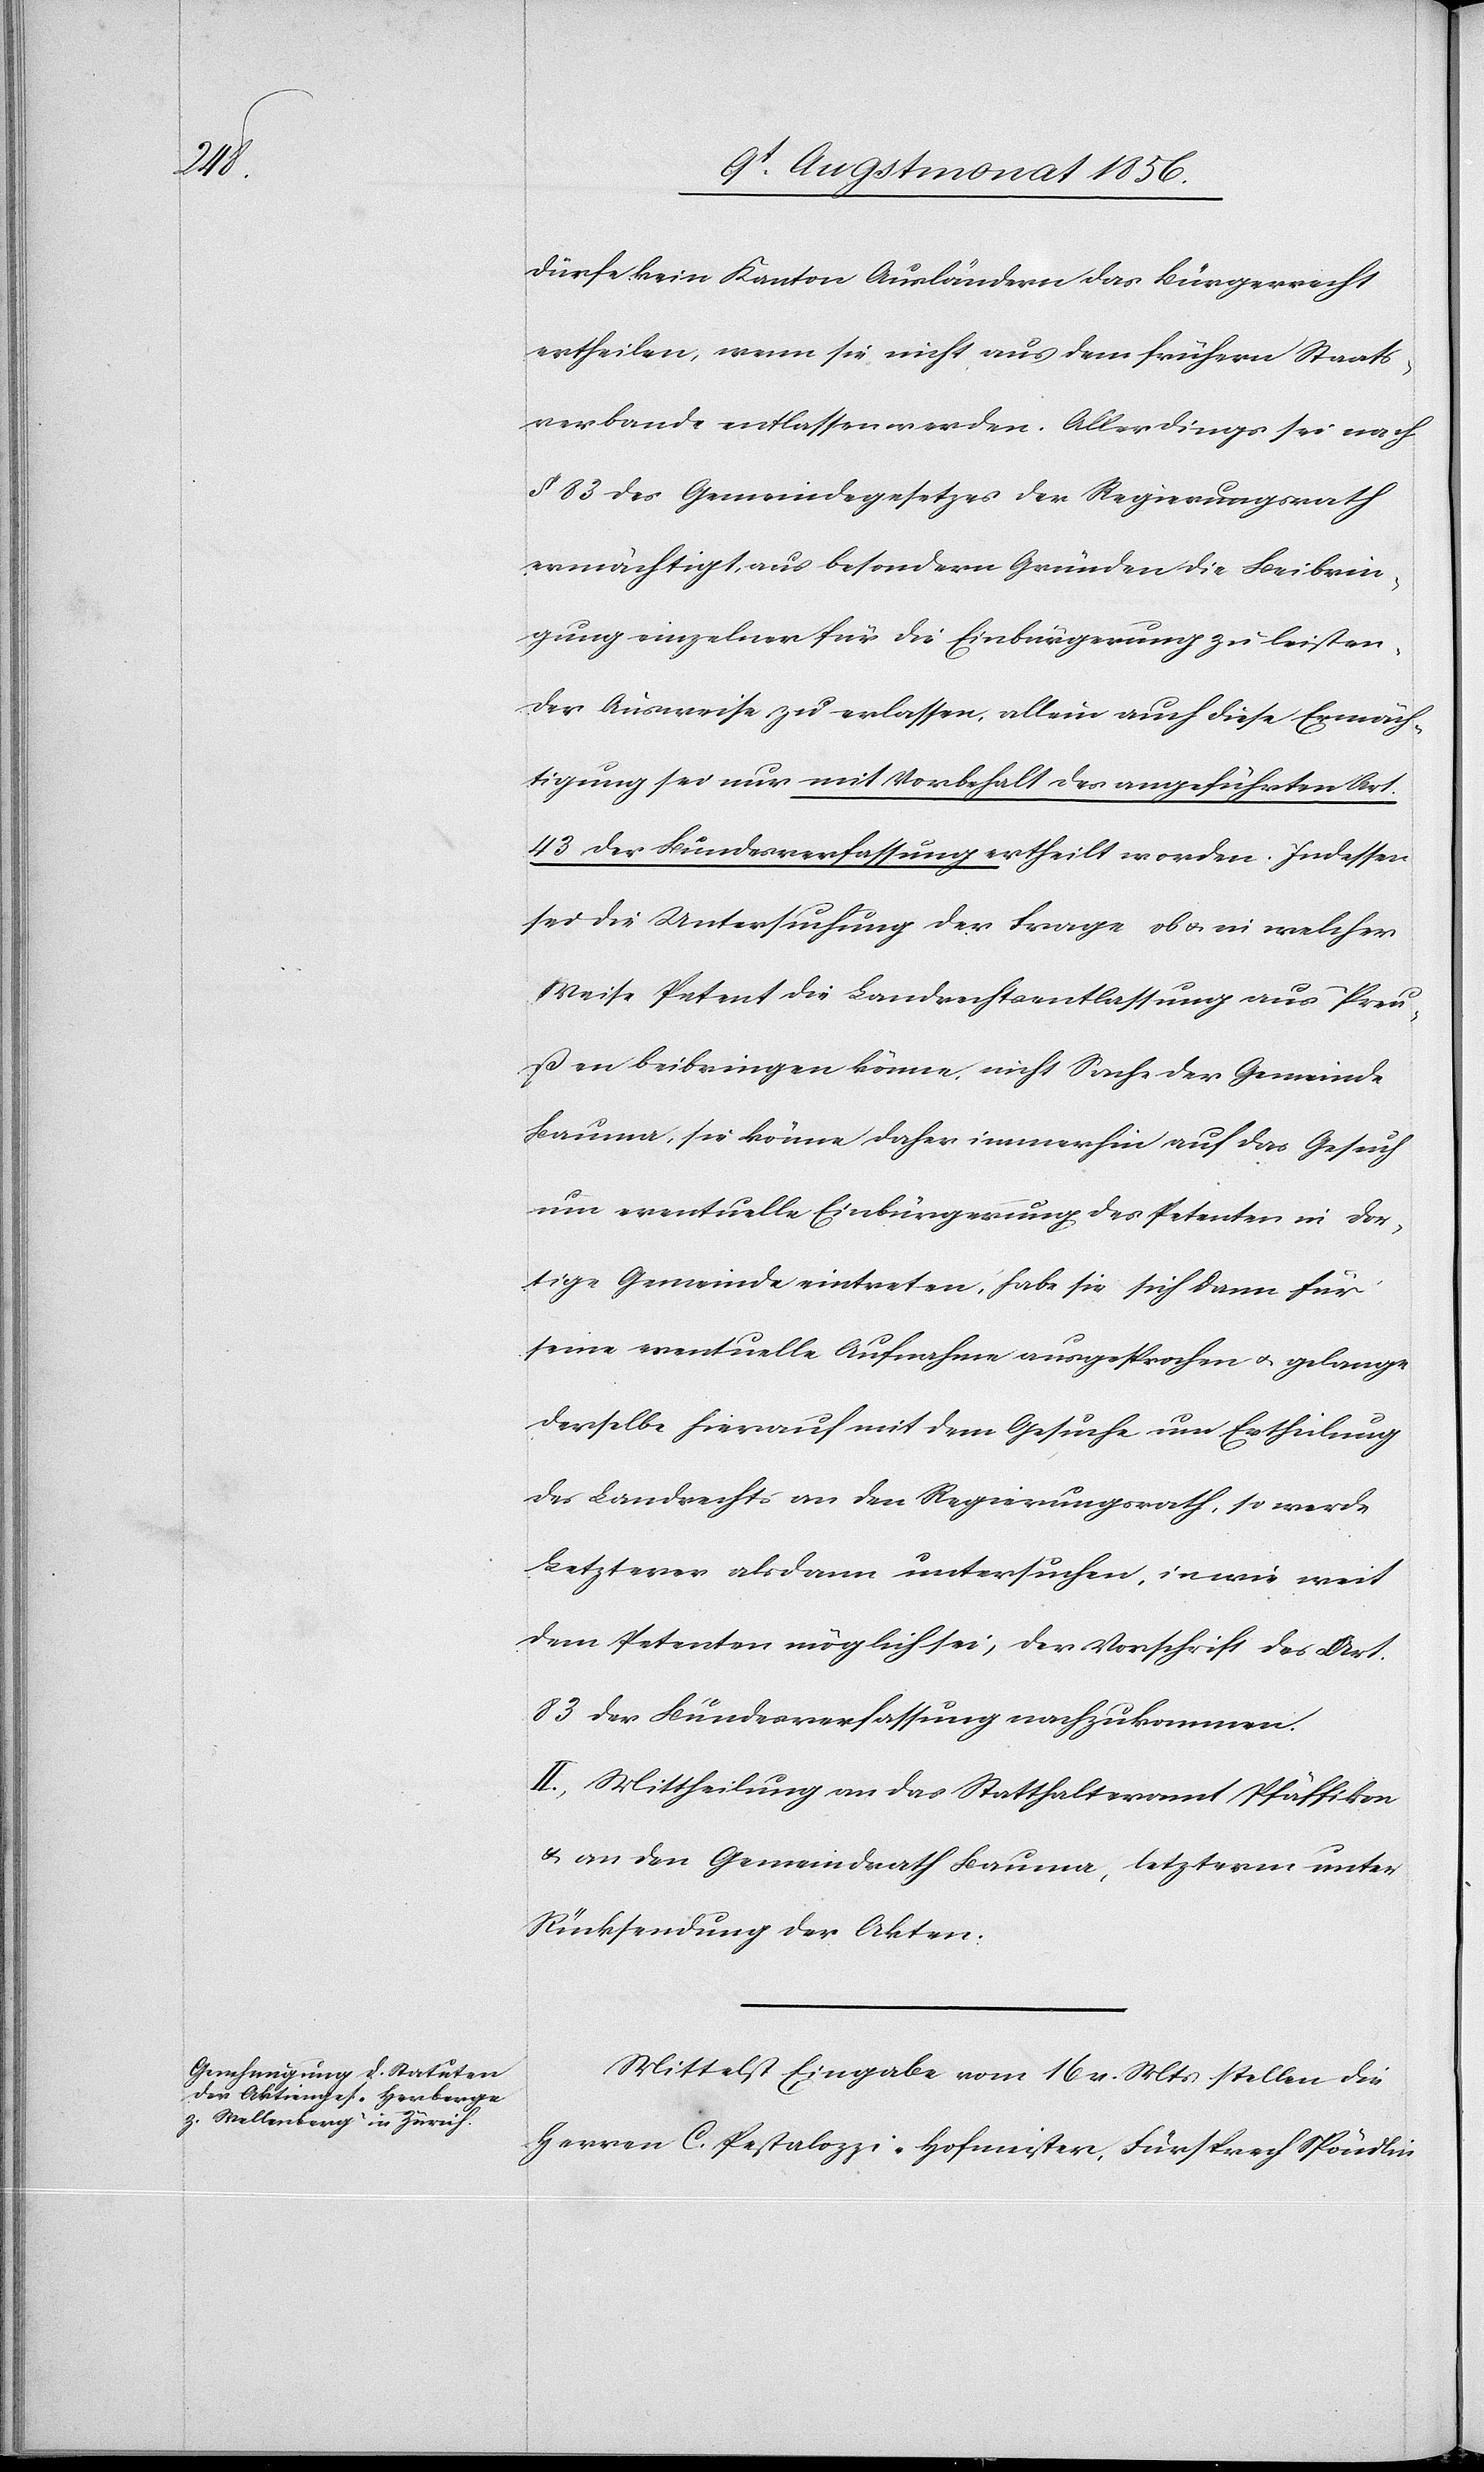
dürfe kein Kanton Ausländern das Bürgerrecht
ertheilen, wenn sie nicht aus dem frühern Staats¬
verbande entlassen werden. Allerdings sei nach
§ 83 des Gemeindegesetzes der Regierungsrath
ermächtigt, aus besondern Gründen die Beibrin¬
gung einzelner für die Einbürgerung zu leisten¬
der Ausweise zu erlassen, allein auch diese Ermäch¬
tigung sei nur mit Vorbehalt des angeführten Art.
43 der Bundesverfassung ertheilt worden. Indessen
sei die Untersuchung der Frage ob u. in welcher
Weise Petent die Landrechtsentlassung aus Preu¬
ßen beibringen könne, nicht Sache der Gemeinde
Bauma, sie könne daher immerhin auf das Gesuch
um eventuelle Einbürgerung des Petenten in dor¬
tige Gemeinde eintreten, habe sie sich dann für
seine eventuelle Aufnahme ausgesprochen u. gelange
derselbe hierauf mit dem Gesuche um Ertheilung
des Landrechts an den Regierungsrath, so werde
Letzterer alsdann untersuchen, in wie weit
dem Petenten möglich sei, der Vorschrift des Art.
83 der Bundesverfassung nachzukommen.
II.) Mittheilung an das Statthalteramt Pfäffikon
& an den Gemeindrath Bauma, letzterm unter
Rücksendung der Akten.
Mittelst Eingabe vom 16 v. Mts stellen die
Herren C. Pestalozzi-Hofmeister, Fürsprech Spöndlin